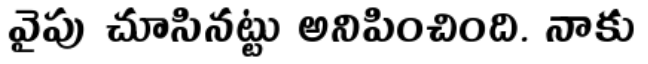
వైపు చూసినట్టు అనిపించింది. నాకు